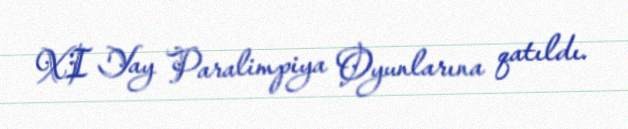
XI Yay Paralimpiya Oyunlarına qatıldı.